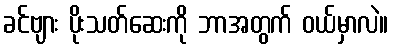
ခင်ဗျား ပိုးသတ်ဆေးကို ဘာအတွက် ဝယ်မှာလဲ။